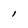
Character: i